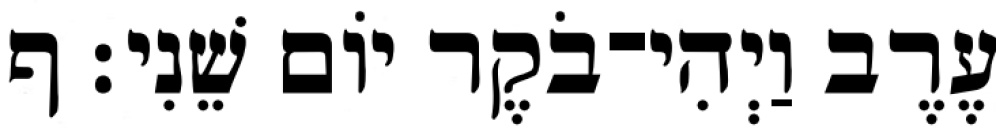
עֶרֶב וַיְהִי־בֹקֶר יֹום שֵׁנִי׃ ף